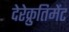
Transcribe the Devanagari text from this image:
देरेक्रुतिमेंट